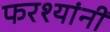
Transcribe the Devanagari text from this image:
फरश्यांनी